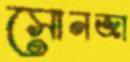
সোনজা